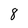
Character: 8